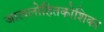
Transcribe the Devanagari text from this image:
जाललोहितकोशिका